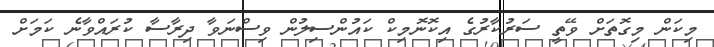
މިކަން މިގޮތަށް ވޭތީ ސަރުކާރުގެ އިކޮނޮމިކް ކައުންސިލުން ވިސްނަވާ ދިރާސާ ކުރައްވާނެ ކަމަށް